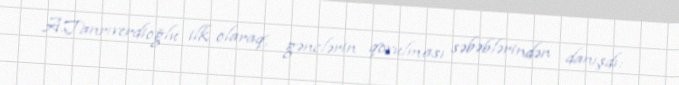
A.Tanrıverdioğlu ilk olaraq, gənclərin qovulması səbəblərindən danışdı: